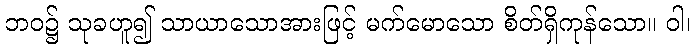
ဘဝ၌ သုခဟူ၍ သာယာသောအားဖြင့် မက်မောသော စိတ်ရှိကုန်သော။ ဝါ၊